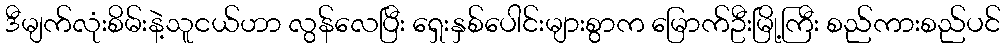
ဒီမျက်လုံးစိမ်းနဲ့သူငယ်ဟာ လွန်လေပြီး ရှေးနှစ်ပေါင်းများစွာက မြောက်ဦးမြို့ကြီး စည်ကားစည်ပင်